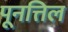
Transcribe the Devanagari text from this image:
पूनत्तिल